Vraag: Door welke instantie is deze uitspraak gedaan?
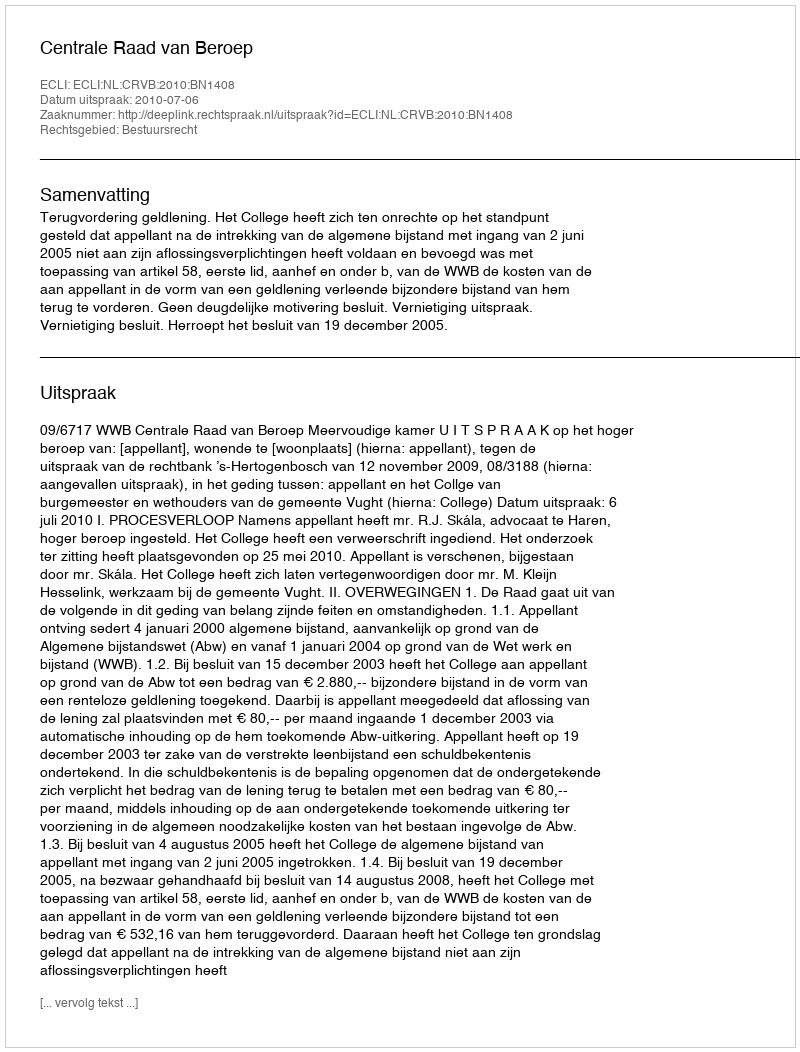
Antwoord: Centrale Raad van Beroep